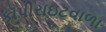
કૉપીરાઇટવાળા